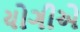
યોગીએ